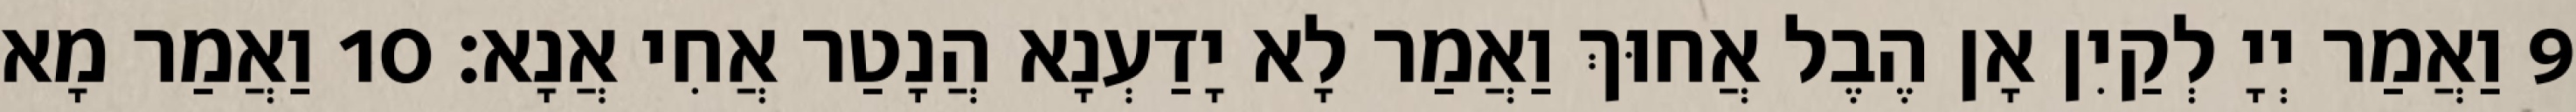
9 וַאֲמַר יְיָ לְקַיִן אָן הֶבֶל אֲחוּךְ וַאֲמַר לָא יָדַעְנָא הֲנָטַר אֲחִי אֲנָא׃ 10 וַאֲמַר מָא